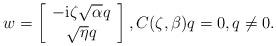
LaTeX: \begin{align*}w=\left[\begin{array}[c]{c}-\mathrm{i}\zeta\sqrt{\alpha}q\\\sqrt{\eta}q\end{array}\right] ,C(\zeta,\beta)q=0,q\not =0.\end{align*}